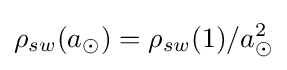
\rho _{sw}(a_{\odot })=\rho _{sw}(1)/a_{\odot }^{2}